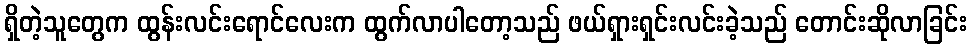
ရှိတဲ့သူတွေက ထွန်းလင်းရောင်လေးက ထွက်လာပါတော့သည် ဖယ်ရှားရှင်းလင်းခဲ့သည် တောင်းဆိုလာခြင်း